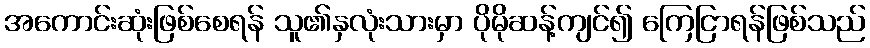
အကောင်းဆုံးဖြစ်စေရန် သူ၏နှလုံးသားမှာ ပိုမိုဆန့်ကျင်၍ ကြေငြာရန်ဖြစ်သည်